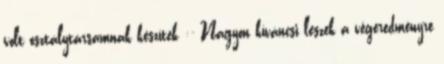
volt osztálytársamnak készítek :- Nagyon kíváncsi leszek a végeredményre